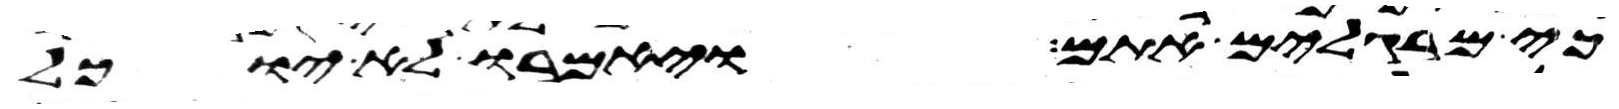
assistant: כי מרגלים אתם ויאמרו לא יוכל